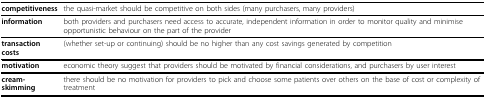
<table><thead><tr><td><b>competitiveness</b></td><td><b>the quasi-market should be competitive on both sides (many purchasers, many providers)</b></td></tr></thead><tbody><tr><td><b>information</b></td><td>both providers and purchasers need access to accurate, independent information in order to monitor quality and minimise opportunistic behaviour on the part of the provider</td></tr><tr><td><b>transaction costs</b></td><td>(whether set-up or continuing) should be no higher than any cost savings generated by competition</td></tr><tr><td><b>motivation</b></td><td>economic theory suggest that providers should be motivated by financial considerations, and purchasers by user interest</td></tr><tr><td><b>cream-skimming</b></td><td>there should be no motivation for providers to pick and choose some patients over others on the base of cost or complexity of treatment</td></tr></tbody></table>